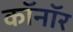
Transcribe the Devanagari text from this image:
कॉनॉर